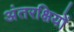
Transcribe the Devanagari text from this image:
अंतरक्षियों